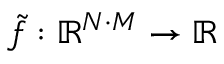
\tilde { f } : \mathbb { R } ^ { N \cdot M } \rightarrow \mathbb { R }